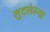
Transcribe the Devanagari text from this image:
लुटलेल्या